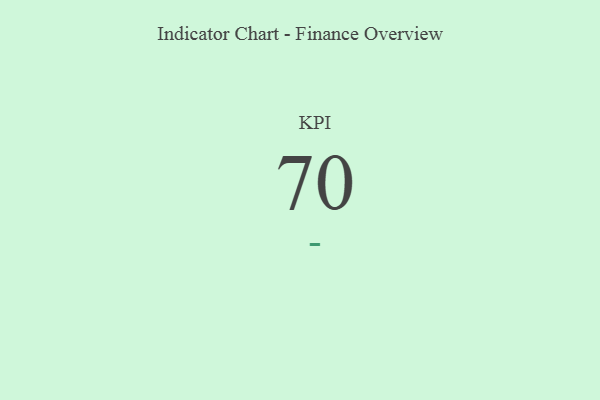
{"axis": {"x": "KPI", "y": "Value"}, "legend": [""], "data": [{"x": "KPI", "y": 70, "type": ""}]}